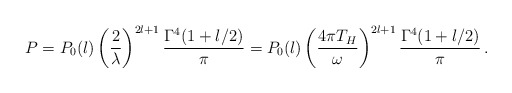
\begin{align*}P = P_0(l) \left( \frac{2}{\lambda}\right)^{2l+1}\frac{\Gamma^4(1+l/2)}{\pi} = P_0(l) \left( \frac{4\pi T_H}{\omega}\right)^{2l+1}\frac{\Gamma^4 (1+l/2)}{\pi}\,.\end{align*}